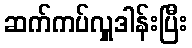
ဆက်ကပ်လှူဒါန်းပြီး